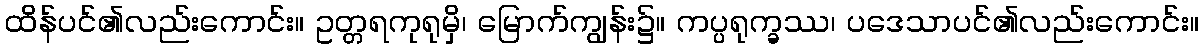
ထိန်ပင်၏လည်းကောင်း။ ဥတ္တရကုရုမှိ၊ မြောက်ကျွန်း၌။ ကပ္ပရုက္ခဿ၊ ပဒေသာပင်၏လည်းကောင်း။